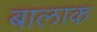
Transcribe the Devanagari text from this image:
बालाक